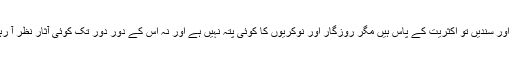
ڈگریاں اور سندیں تو اکثریت کے پاس ہیں مگر روزگار اور نوکریوں کا کوئی پتہ نہیں ہے اور نہ اس کے دور دور تک کوئی آثار نظر آ رہے ہیں۔